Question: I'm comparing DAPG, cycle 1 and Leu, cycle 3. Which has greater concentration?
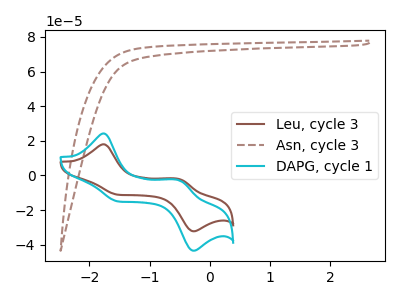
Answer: <think>The brown curve "Leu, cycle 3" has anodic peaks at (-1.80V, 18.00uA) (-0.50V, -2.05uA) and cathodic peaks at (-1.50V, -11.20uA) (-0.25V, -32.25uA). The brown dashed curve "Asn, cycle 3" has no peaks. The cyan curve "DAPG, cycle 1" has anodic peaks at (-1.80V, 24.25uA) (-0.50V, -2.75uA) and cathodic peaks at (-1.50V, -15.05uA) (-0.25V, -43.45uA).
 All the peaks in "DAPG, cycle 1" have a peak in "Leu, cycle 3" at the same potential.</think>
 <answer>I cant tell if "DAPG, cycle 1" or "Leu, cycle 3" has higher concentration.</answer>
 <eval>mixed_concentration</eval>